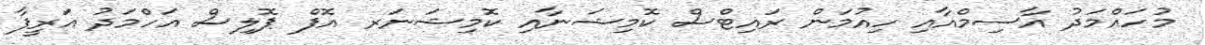
މުހައްމަދު އާސިމްއާއި ހިއުމަން ރައިޓްސް ކޮމިޝަނާއި ކޮމިޝަނަރ އޮފް ޕޮލިސް އަހްމަދު އަރީފާ